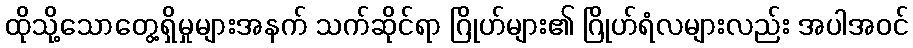
ထိုသို့သောတွေ့ရှိမှုများအနက် သက်ဆိုင်ရာ ဂြိုဟ်များ၏ ဂြိုဟ်ရံလများလည်း အပါအဝင်